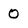
Character: 0